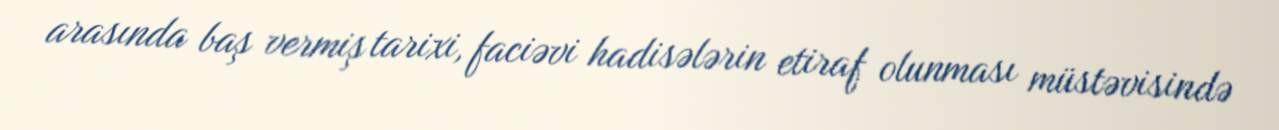
arasında baş vermiş tarixi, faciəvi hadisələrin etiraf olunması müstəvisində